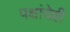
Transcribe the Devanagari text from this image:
पक्षांचेही